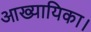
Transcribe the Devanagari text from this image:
आख्यायिका।